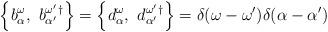
LaTeX: \begin{align*}\left\{ b_\alpha^\omega,~b_{\alpha^\prime}^{\omega^\prime}{}^\dagger \right\} =\left\{ d_\alpha^\omega,~d_{\alpha^\prime}^{\omega^\prime}{}^\dagger \right\}= \delta(\omega - \omega') \delta(\alpha - \alpha')\end{align*}